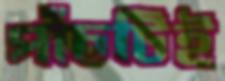
পাঁচটিই